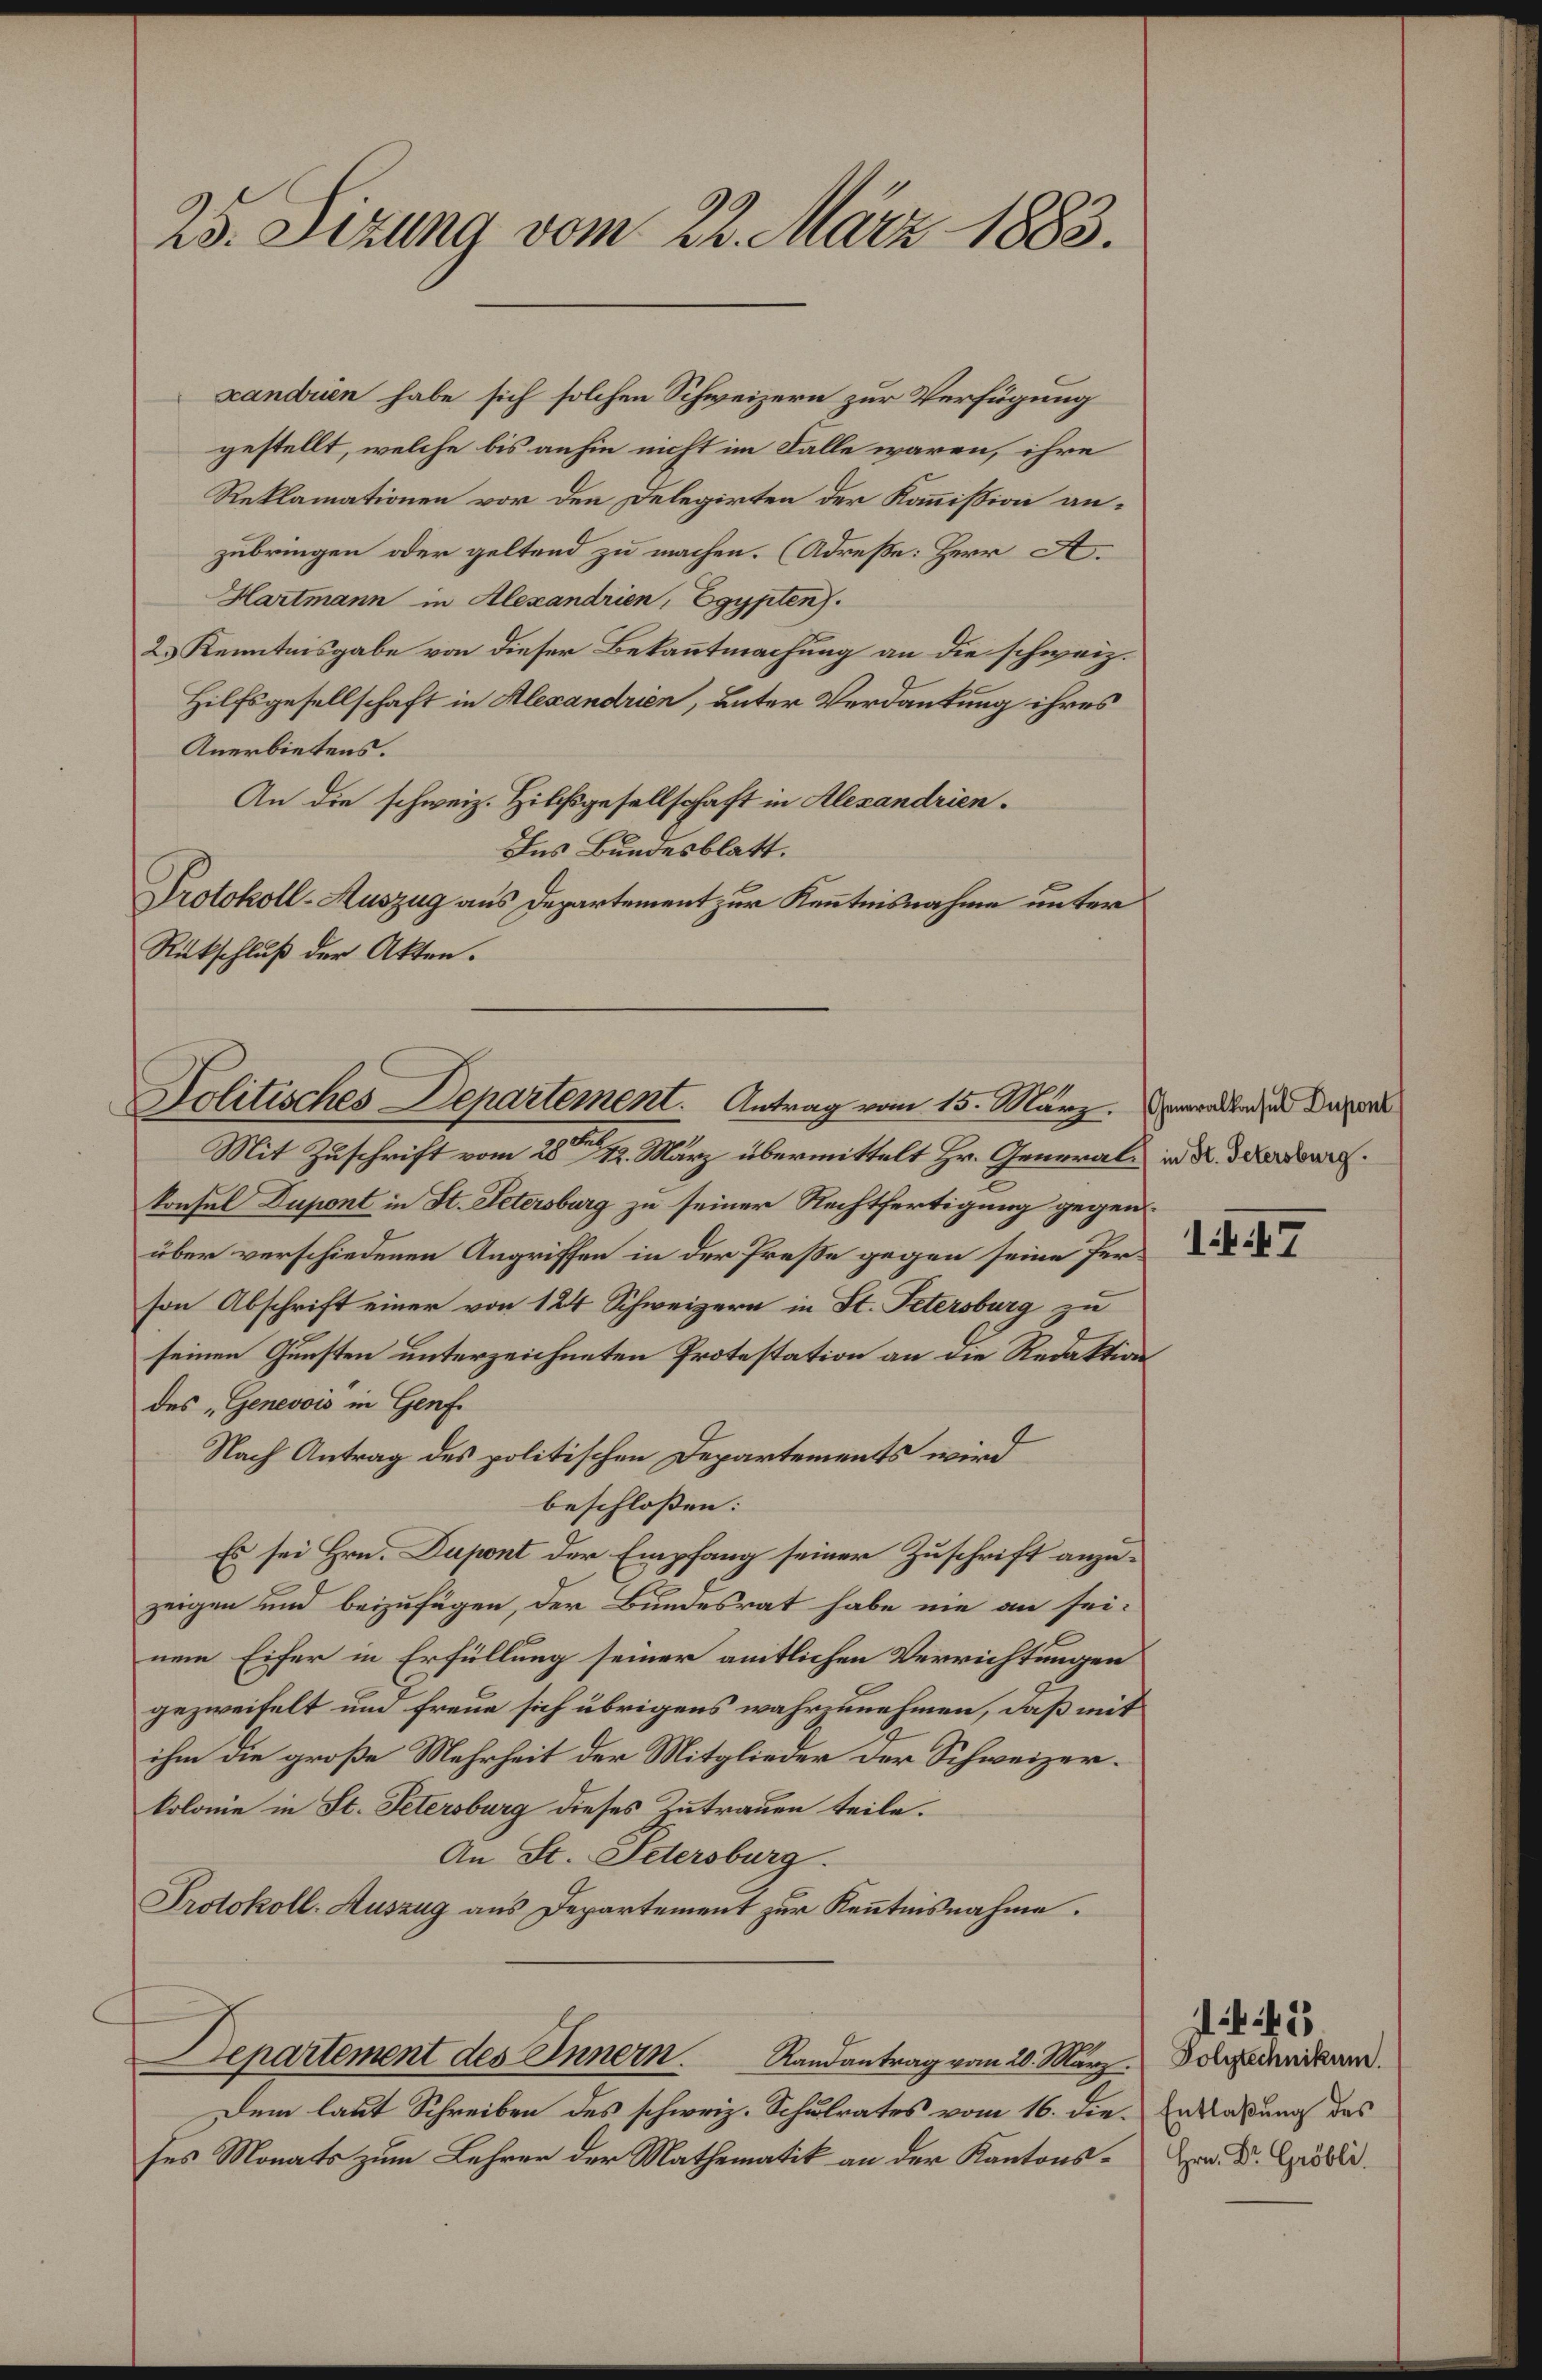
25. Sizung vom 22. März 1883.

gestellt, welche bis anhin nicht im Falle waren, ihre
Reklamationen vor den Delegirten der Kommission anzubringen oder geltend zu machen. (Adresse: Herr A.
Hartmann in Alexandrien, Egypten.
2.) Kenntnisgabe von dieser Bekanntmachung an die schweiz.
Hilfsgesellschaft in Alexandrien, unter Verdankung ihres
Anerbietens.
An die schweiz. Hilfsgesellschaft in Alexandrien.
Ins Bundesblatt.
Protokoll-Auszug aus Departement zur Kenntnisnahme unter
Rückschluß der Akten.

Politisches Departement. Antrag vom 15. März.

Mit Zuschrift vom 28ten 1. März übermittelt Hr. Generale in K. Derdorf.
konsul Dupont in St. Petersburg zu seiner Rechtfertigung gegenüber verschiedenen Angriffen in der Presse gegen seine Person Abschrift einer von 124 Schweizern in St. Petersburg zu
seinen Gunsten unterzeichneten Protestation an die Redaktion
des „Genevois in Genf.
Nach Antrag des politischen Departements wird
beschlossen:
Es sei Hrn. Dapont der Empfang seiner Zuschrift anzuzeigen und beizufügen, der Bundesrat habe nie an sei-
nem Eifer in Erfüllung seiner amtlichen Verrichtungen
gezweifelt und freue sich übrigens wahrzunehmen, daß mit
ihm die große Mehrheit der Mitglieder der Schweizerkolonie in St. Petersburg dieses Zutrauen teile.
An St. Petersburg.
Protokoll-Auszug aus Departement zur Kenntnisnahme.
Departement des Innern. Randantrag vom 20. März.
Dem laut Schreiben des schweiz. Schulrates vom 16. die Erlaßung des
ses Monats zum Lehrer der Mathematik an der Kantons¬

xandren habe sich solchen Schweizern zur Verfügung

Generalkonsul Dupont

17

45
Polytechnikum.
Hrn. Dr. Gröbli.